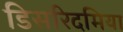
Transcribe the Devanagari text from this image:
डिसरिदमिया